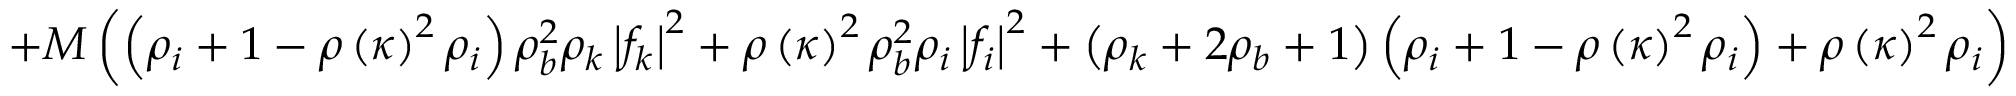
+ M \left( \left( \rho _ { i } + 1 - \rho \left( \kappa \right) ^ { 2 } \rho _ { i } \right) \rho _ { b } ^ { 2 } \rho _ { k } \left| f _ { k } \right| ^ { 2 } + \rho \left( \kappa \right) ^ { 2 } \rho _ { b } ^ { 2 } \rho _ { i } \left| f _ { i } \right| ^ { 2 } + \left( \rho _ { k } + 2 \rho _ { b } + 1 \right) \left( \rho _ { i } + 1 - \rho \left( \kappa \right) ^ { 2 } \rho _ { i } \right) + \rho \left( \kappa \right) ^ { 2 } \rho _ { i } \right)